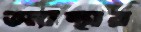
অ্যান্থার